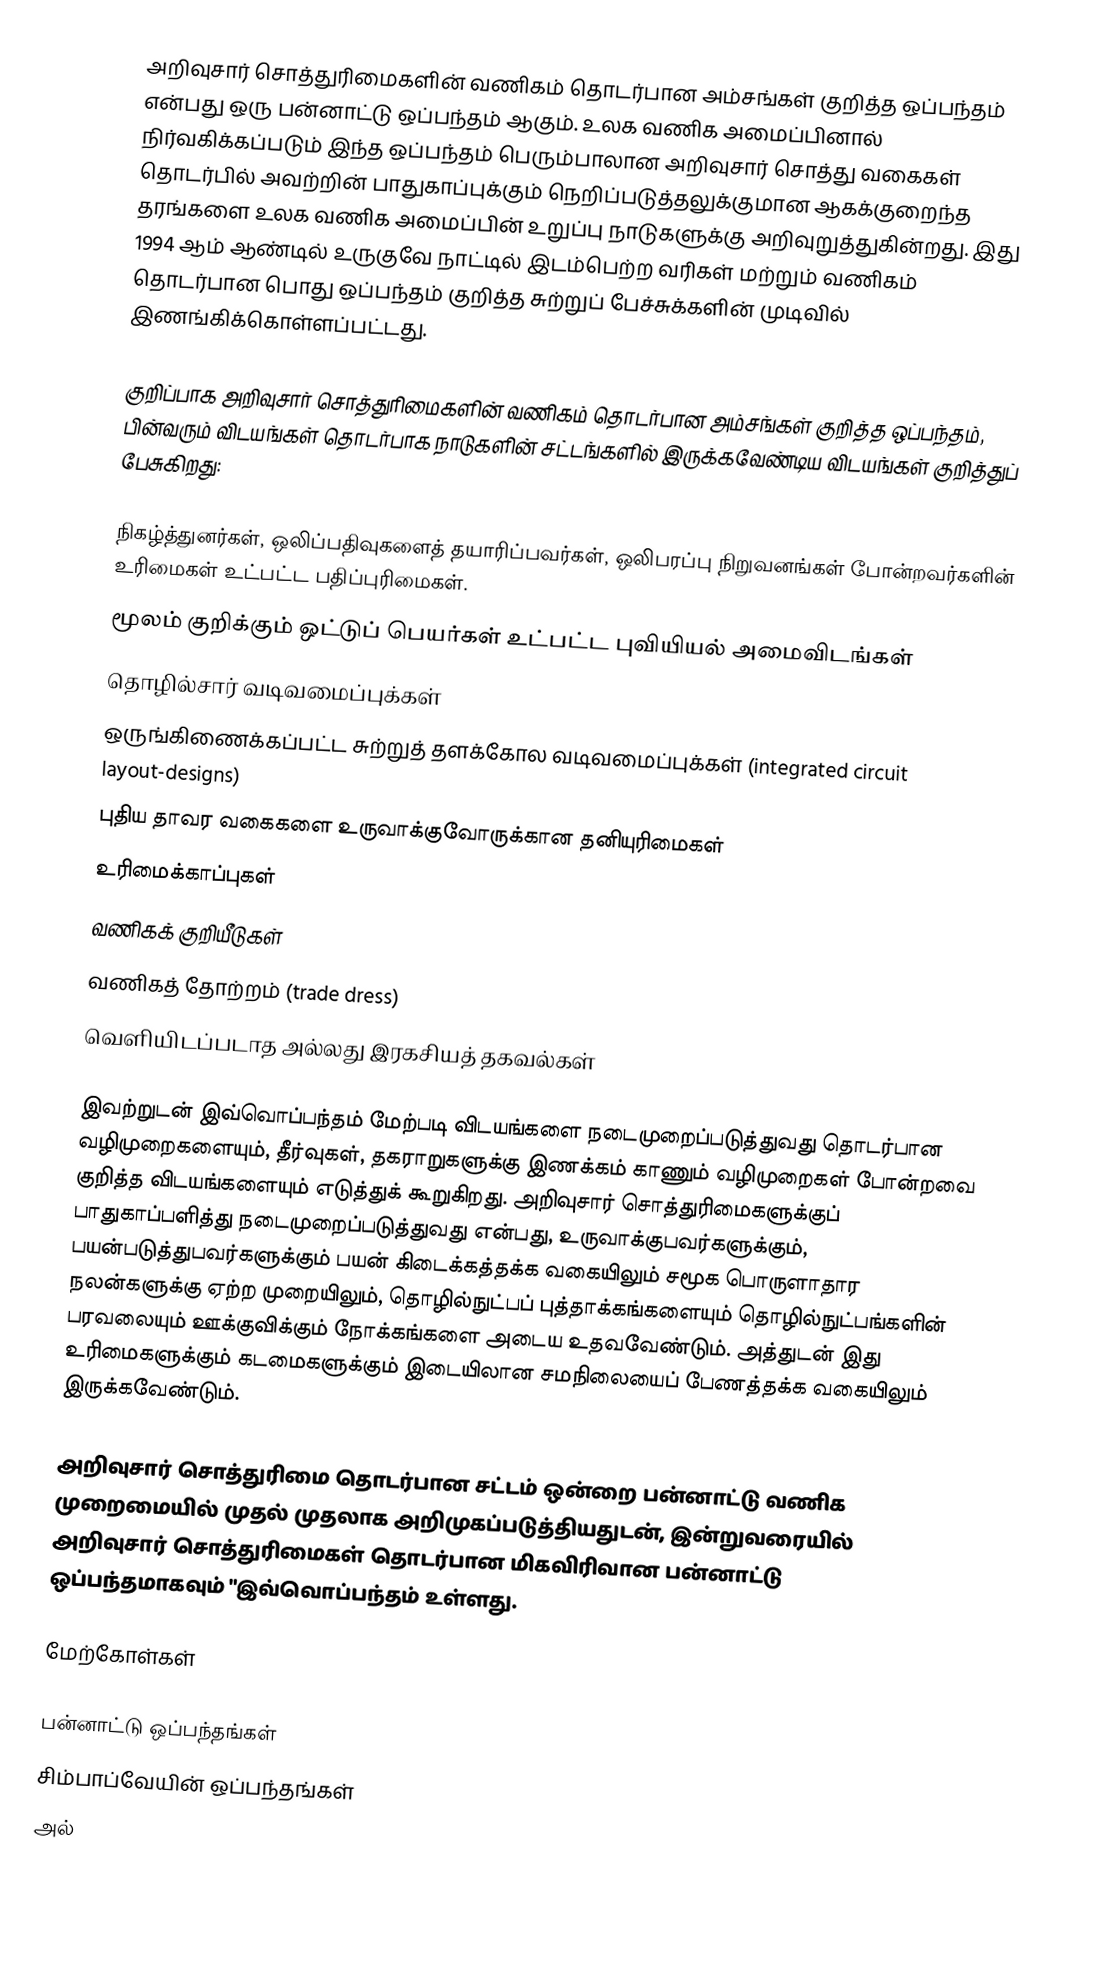
அறிவுசார் சொத்துரிமைகளின் வணிகம் தொடர்பான அம்சங்கள் குறித்த ஒப்பந்தம் என்பது ஒரு பன்னாட்டு ஒப்பந்தம் ஆகும். உலக வணிக அமைப்பினால் நிர்வகிக்கப்படும் இந்த ஒப்பந்தம் பெரும்பாலான அறிவுசார் சொத்து வகைகள் தொடர்பில் அவற்றின் பாதுகாப்புக்கும் நெறிப்படுத்தலுக்குமான ஆகக்குறைந்த தரங்களை உலக வணிக அமைப்பின் உறுப்பு நாடுகளுக்கு அறிவுறுத்துகின்றது. இது 1994 ஆம் ஆண்டில் உருகுவே நாட்டில் இடம்பெற்ற வரிகள் மற்றும் வணிகம் தொடர்பான பொது ஒப்பந்தம் குறித்த சுற்றுப் பேச்சுக்களின் முடிவில் இணங்கிக்கொள்ளப்பட்டது.

குறிப்பாக அறிவுசார் சொத்துரிமைகளின் வணிகம் தொடர்பான அம்சங்கள் குறித்த ஒப்பந்தம், பின்வரும் விடயங்கள் தொடர்பாக நாடுகளின் சட்டங்களில் இருக்கவேண்டிய விடயங்கள் குறித்துப் பேசுகிறது:

 நிகழ்த்துனர்கள், ஒலிப்பதிவுகளைத் தயாரிப்பவர்கள், ஒலிபரப்பு நிறுவனங்கள் போன்றவர்களின் உரிமைகள் உட்பட்ட பதிப்புரிமைகள்.
 மூலம் குறிக்கும் ஒட்டுப் பெயர்கள் உட்பட்ட புவியியல் அமைவிடங்கள்
 தொழில்சார் வடிவமைப்புக்கள்
 ஒருங்கிணைக்கப்பட்ட சுற்றுத் தளக்கோல வடிவமைப்புக்கள் (integrated circuit layout-designs)
 புதிய தாவர வகைகளை உருவாக்குவோருக்கான தனியுரிமைகள்
 உரிமைக்காப்புகள்
 வணிகக் குறியீடுகள்
 வணிகத் தோற்றம் (trade dress)
 வெளியிடப்படாத அல்லது இரகசியத் தகவல்கள்

இவற்றுடன் இவ்வொப்பந்தம் மேற்படி விடயங்களை நடைமுறைப்படுத்துவது தொடர்பான வழிமுறைகளையும், தீர்வுகள், தகராறுகளுக்கு இணக்கம் காணும் வழிமுறைகள் போன்றவை குறித்த விடயங்களையும் எடுத்துக் கூறுகிறது. அறிவுசார் சொத்துரிமைகளுக்குப் பாதுகாப்பளித்து நடைமுறைப்படுத்துவது என்பது, உருவாக்குபவர்களுக்கும், பயன்படுத்துபவர்களுக்கும் பயன் கிடைக்கத்தக்க வகையிலும் சமூக பொருளாதார நலன்களுக்கு ஏற்ற முறையிலும், தொழில்நுட்பப் புத்தாக்கங்களையும் தொழில்நுட்பங்களின் பரவலையும் ஊக்குவிக்கும் நோக்கங்களை அடைய உதவவேண்டும். அத்துடன் இது உரிமைகளுக்கும் கடமைகளுக்கும் இடையிலான சமநிலையைப் பேணத்தக்க வகையிலும் இருக்கவேண்டும்.

அறிவுசார் சொத்துரிமை தொடர்பான சட்டம் ஒன்றை பன்னாட்டு வணிக முறைமையில் முதல் முதலாக அறிமுகப்படுத்தியதுடன், இன்றுவரையில் அறிவுசார் சொத்துரிமைகள் தொடர்பான மிகவிரிவான பன்னாட்டு ஒப்பந்தமாகவும் "இவ்வொப்பந்தம் உள்ளது.

மேற்கோள்கள்

பன்னாட்டு ஒப்பந்தங்கள்
சிம்பாப்வேயின் ஒப்பந்தங்கள்
அல்